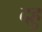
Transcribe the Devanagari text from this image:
दहु